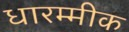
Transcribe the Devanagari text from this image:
धारम्मीक